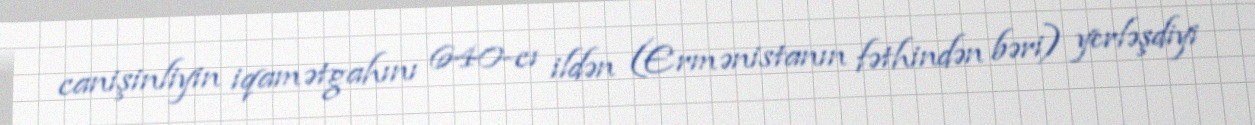
canişinliyin iqamətgahını 640-cı ildən (Ermənistanın fəthindən bəri) yerləşdiyi